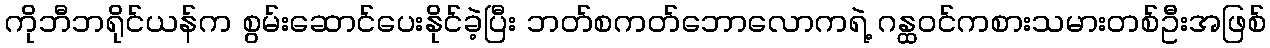
ကိုဘီဘရိုင်ယန်က စွမ်းဆောင်ပေးနိုင်ခဲ့ပြီး ဘတ်စကတ်ဘောလောကရဲ့ ဂန္ထဝင်ကစားသမားတစ်ဦးအဖြစ်